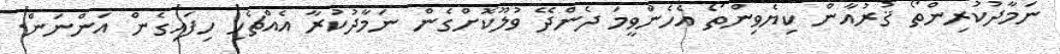
ނަމާދުކުރިންތޯ ޤުރުއާން ކިޔެވިންތޯ އެހެންވީމަ ދެންދޭ ވުލޫކޮށްގެން ނަމާދުކުރާ އެއްޗެހި ހިފައިގެން އަންނަން.